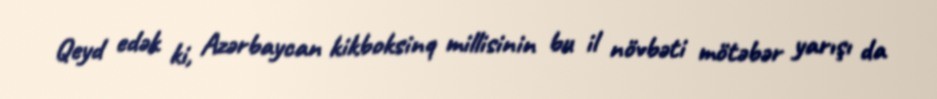
Qeyd edək ki, Azərbaycan kikboksinq millisinin bu il növbəti mötəbər yarışı da